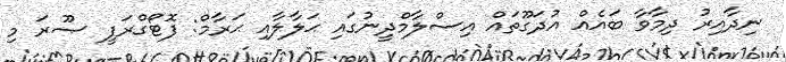
ނިދާއިރު ދިމާވާ ބައެއް އުދަގޫތައް އިސްލާމްދީނުގައި ޙަލާލާއި ޙަރާމް: ފޮޓޯގްރަފީ ޞޫރަ މި